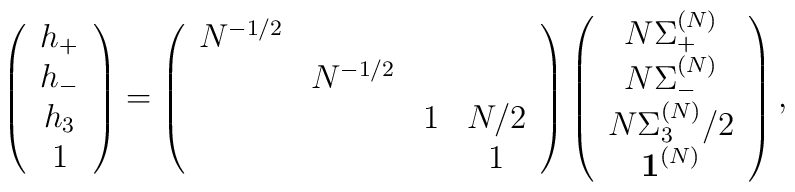
\left( \begin{array}{c}h_+ \\h_- \\h_3 \\1\end{array} \right) =\left( \begin{array}{cclc}N^{-1/2} & & & \\ & N^{-1/2} & & \\ & & 1 & N/2 \\ & & & 1\end{array} \right)\left( \begin{array}{c}N \Sigma^{(N)}_+  \\N \Sigma^{(N)}_-  \\N \Sigma^{(N)}_3/2  \\{\bf 1}^{(N)}\end{array} \right) ,